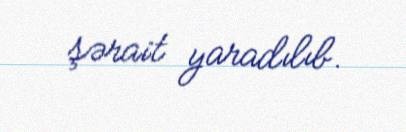
şərait yaradılıb.